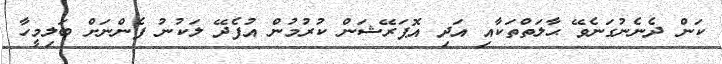
ކަން ދެނެނުގަނެވޭ ޙާލަތްތަކާއި އަދި އޮޕަރޭޝަން ކުރުމުން އުފެދޭ ލަކުނު ފެންނަށް ބަލިމީހާ